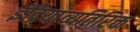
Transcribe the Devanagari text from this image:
इंद्रियांव्यतिरिक्त